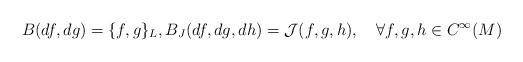
\begin{align*}B(df,dg)=\{f,g\}_{L},B_J(df,dg,dh)={\cal{J}}(f,g,h),\quad\forall f,g,h\in C^{\infty}(M)\end{align*}